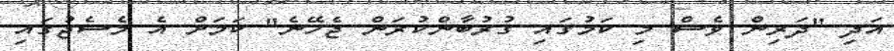
އަދި "ދަރިން ވެސް މި ކަމުގައި ގުރުބާންކުރަން ޖެހޭނެ" ކަމަށް އެ މެސެޖުގައި